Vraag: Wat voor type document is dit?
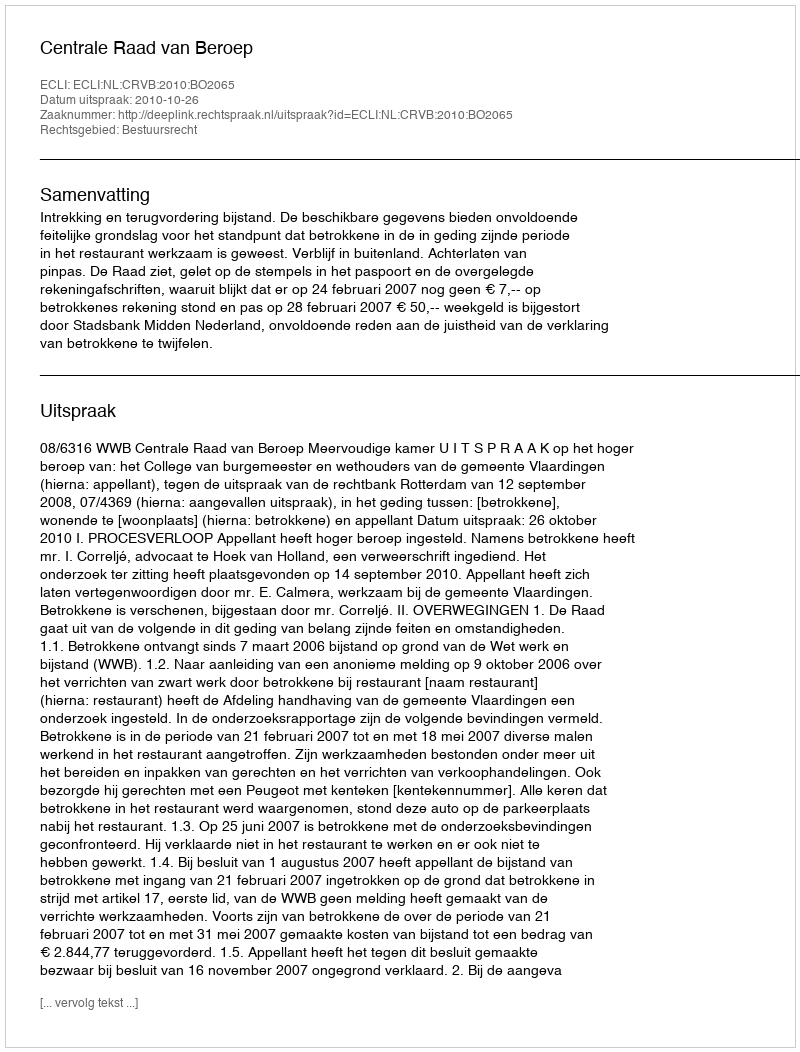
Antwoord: Uitspraak